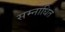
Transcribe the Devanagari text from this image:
सम्नाधित